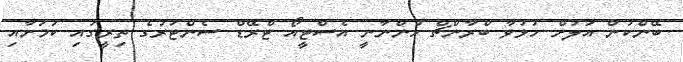
ބޭންކުން އަލަށް ހުޅުވާ ބްރާންޗް ހުންނާނީ އެސްޓީއޯ ޓްރޭޑް ސެންޓަރުގެ ތިރީގައި ކަމަށާއި